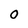
Character: O